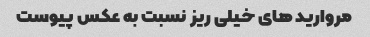
مروارید های خیلی ریز نسبت به عکس پیوست